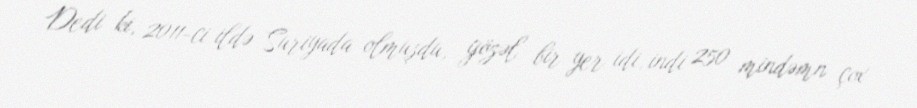
Dedi ki, 2011-ci ildə Suriyada olmuşdu, gözəl bir yer idi, indi 250 mindəmn çox